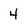
Character: 4